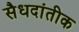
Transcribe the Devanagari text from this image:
सैधदांतीक